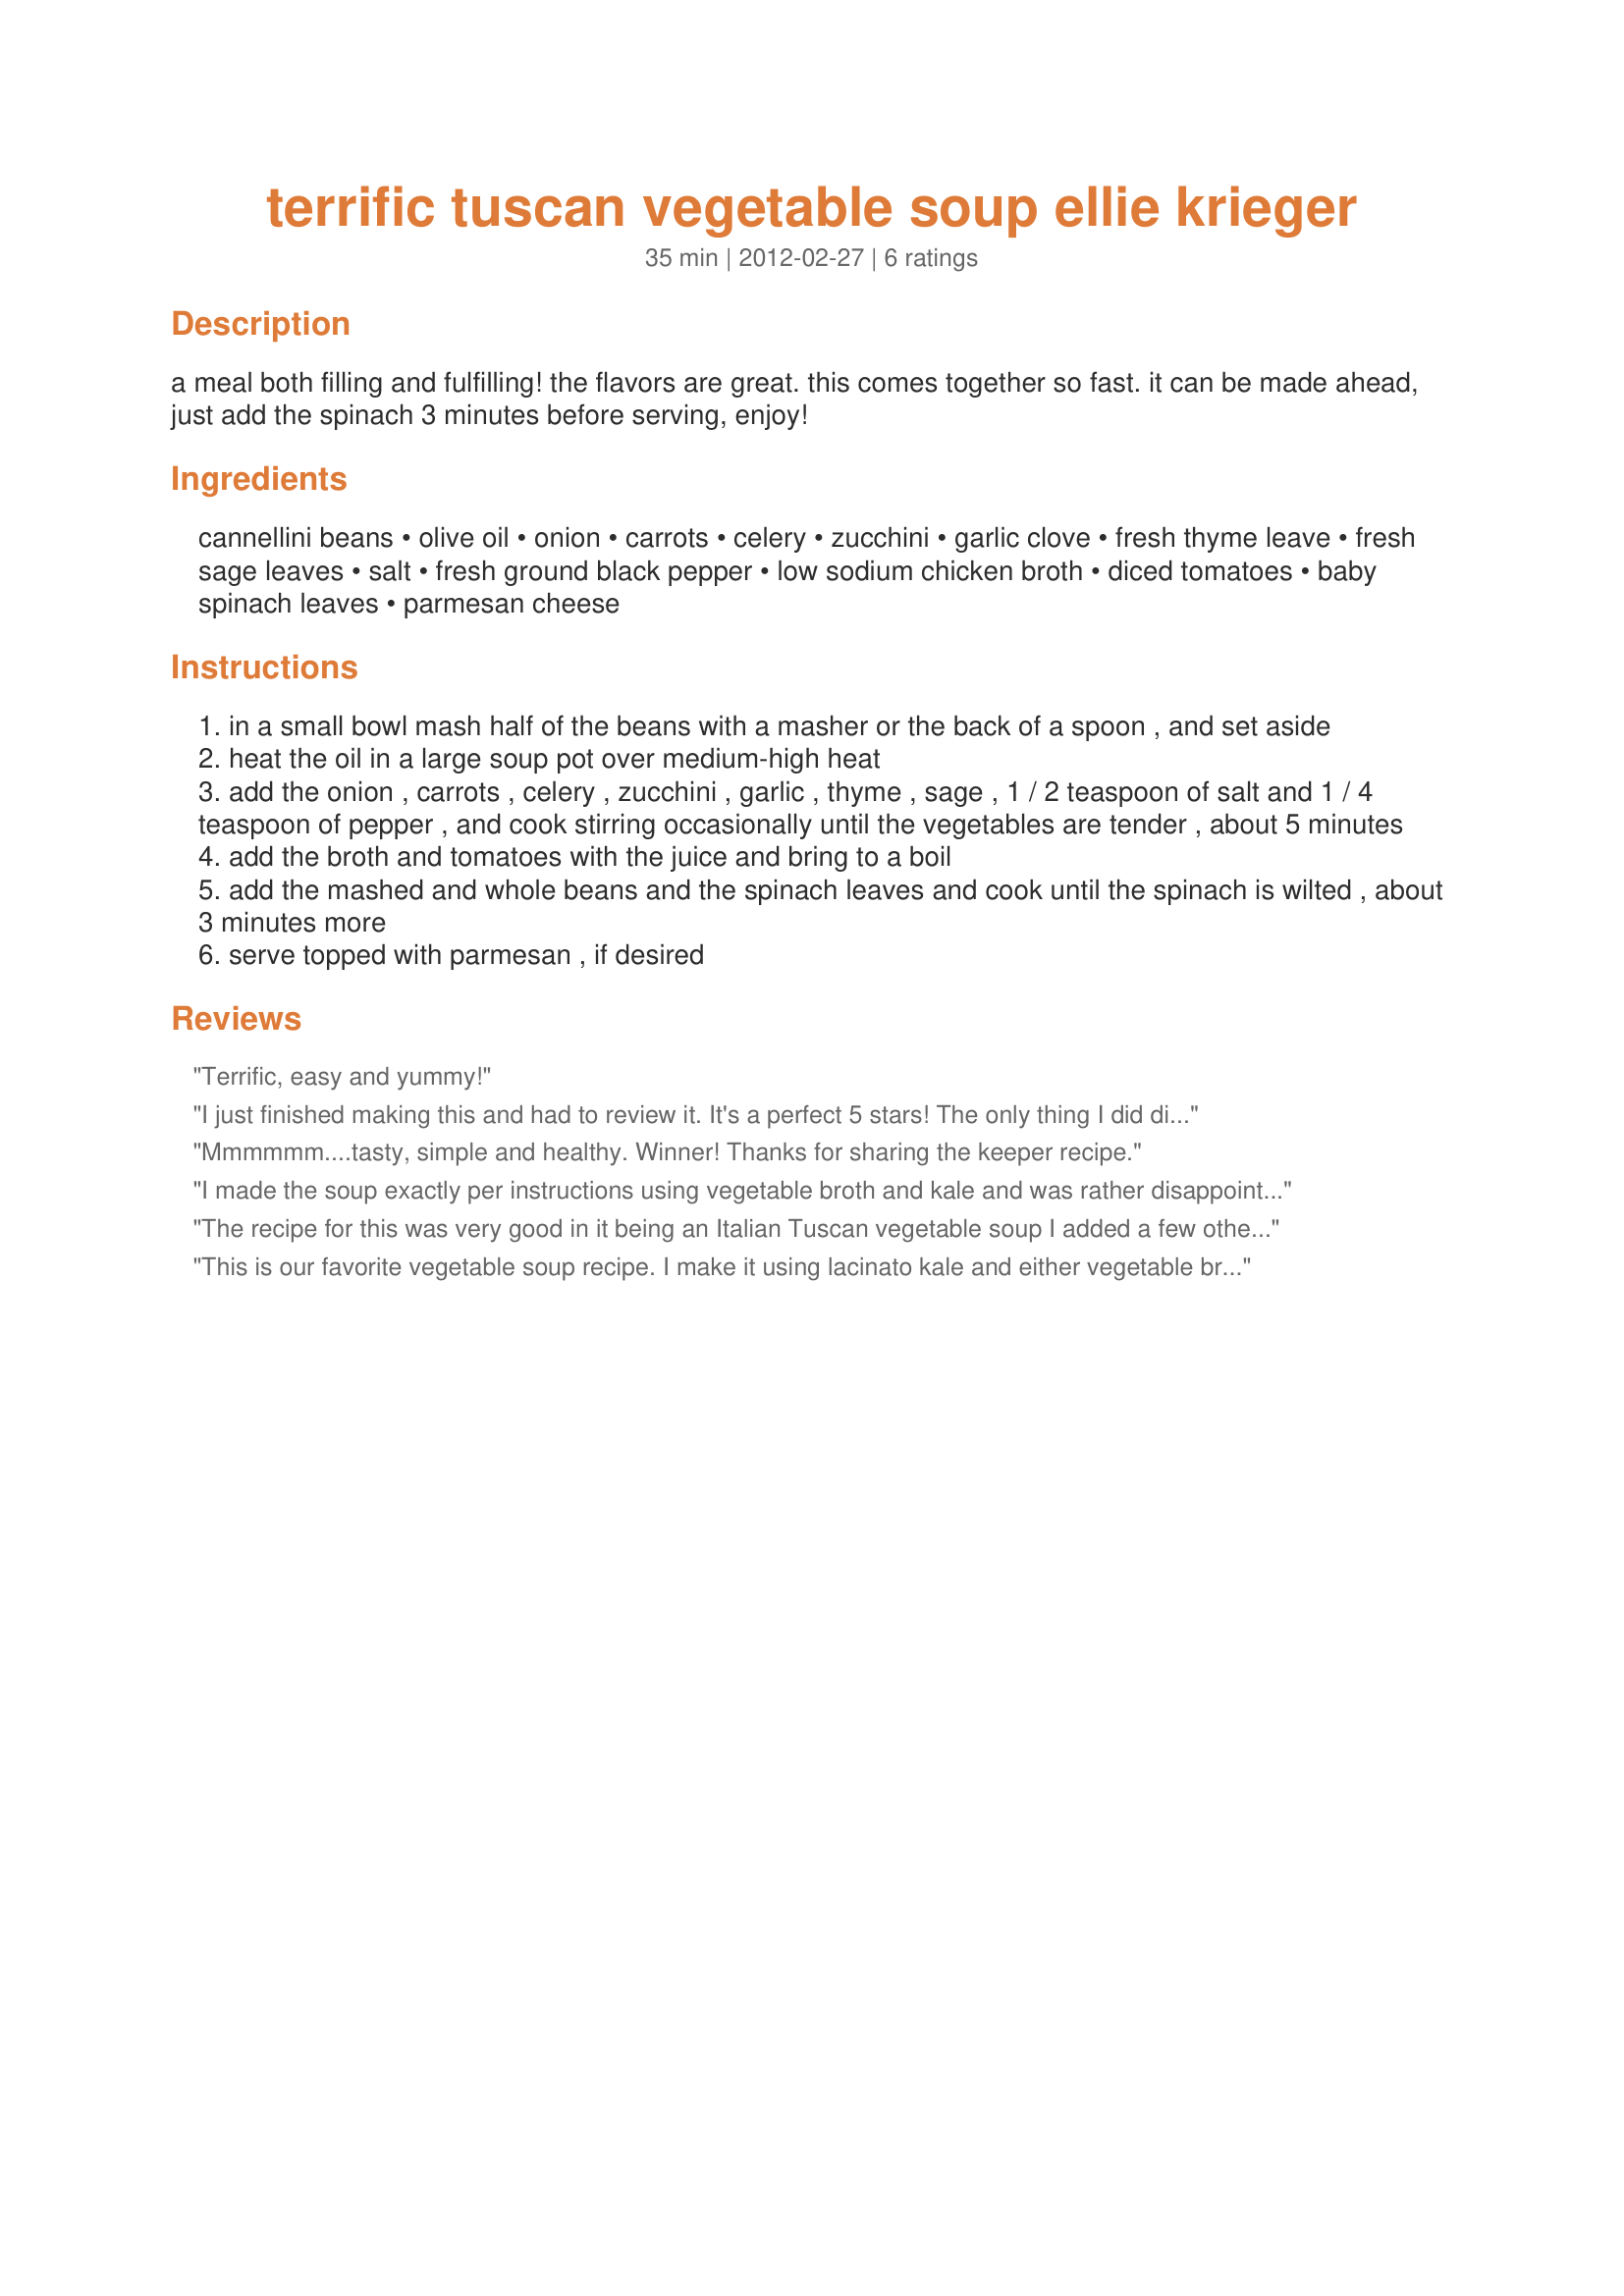
terrific tuscan vegetable soup ellie krieger
Preparation time: 35 minutes

a meal both filling and fulfilling! the flavors are great. this comes together so fast. it can be made ahead, just add the spinach 3 minutes before serving, enjoy!

Ingredients:
cannellini beans, olive oil, onion, carrots, celery, zucchini, garlic clove, fresh thyme leave, fresh sage leaves, salt, fresh ground black pepper, low sodium chicken broth, diced tomatoes, baby spinach leaves, parmesan cheese

Steps:
in a small bowl mash half of the beans with a masher or the back of a spoon , and set aside
heat the oil in a large soup pot over medium-high heat
add the onion , carrots , celery , zucchini , garlic , thyme , sage , 1 / 2 teaspoon of salt and 1 / 4 teaspoon of pepper , and cook stirring occasionally until the vegetables are tender , about 5 minutes
add the broth and tomatoes with the juice and bring to a boil
add the mashed and whole beans and the spinach leaves and cook until the spinach is wilted , about 3 minutes more
serve topped with parmesan , if desired

Reviews:
Terrific, easy and yummy!
I just finished making this and had to review it. It's a perfect 5 stars! The only thing I did different was added roasted corn and it was stellar. I made it with vegetable broth because I don't eat anything meat based. Full of veggies and so healthy and filling. I made it even healthier by using everything organic. Perfect for a cold and rainy day in Chicago. And the best part is even my 2 year old loves it!
Mmmmmm....tasty, simple and healthy. Winner! Thanks for sharing the keeper recipe.
I made the soup exactly per instructions using vegetable broth and kale and was rather disappointed with the bland taste of it. So i added more beans and 250 gr mushrooms (slightly fried first) and an extra teaspoon of organic veggy stock powder and then the soup finally got some rich flavour. Substituting spinach for kale was a very bad idea as kale stays hard even boiled while spinach would be very tender and juicy even after cooking. So i basically removed kale from the soup as much as it was possible. I then added a teaspoon of sour cream in each plate when serving and loved this version of the recipe much more. I think roasted kale would be a lovely addition sprinkled on top (could even be mixed with parmesan for baking).
The recipe for this was very good in it being an Italian Tuscan vegetable soup I added a few other things to the recipe. I added Italian seasoning along with meatballs. In eating our first helping I thought you could also add small baby potatoes and corn to add more vegetables to this recipe. Anyway you look at it this recipe it leaves a lot of thought of what you can do to spice it up.
This is our favorite vegetable soup recipe. I make it using lacinato kale and either vegetable broth or chicken broth, fresh herbs from the garden if possible, and I don't peel the zucchini.
